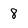
Character: 8